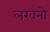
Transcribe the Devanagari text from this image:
लखनो